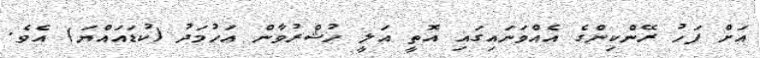
އަށް ފަހު ރޭންކިންގެ އެއްވަނައިގައި އޮތީ އަލީ ހުޝްރުވާން އަހުމަދު (ކުޑައައްޔަ) އެވެ.